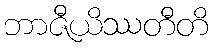
ဘာဇီယိဿတီတိ